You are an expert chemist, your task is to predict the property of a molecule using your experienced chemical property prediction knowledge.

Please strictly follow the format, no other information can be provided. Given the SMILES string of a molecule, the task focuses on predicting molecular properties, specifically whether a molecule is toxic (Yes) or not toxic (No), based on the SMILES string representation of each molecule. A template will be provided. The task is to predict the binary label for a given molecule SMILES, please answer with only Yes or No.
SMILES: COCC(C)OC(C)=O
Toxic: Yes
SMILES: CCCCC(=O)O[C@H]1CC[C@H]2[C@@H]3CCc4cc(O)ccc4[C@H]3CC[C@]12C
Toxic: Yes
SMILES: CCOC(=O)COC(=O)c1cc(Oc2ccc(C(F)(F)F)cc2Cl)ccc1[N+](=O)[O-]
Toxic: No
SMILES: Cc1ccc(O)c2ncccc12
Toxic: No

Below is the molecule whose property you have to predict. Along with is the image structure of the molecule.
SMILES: Cc1ccc(C)cc1
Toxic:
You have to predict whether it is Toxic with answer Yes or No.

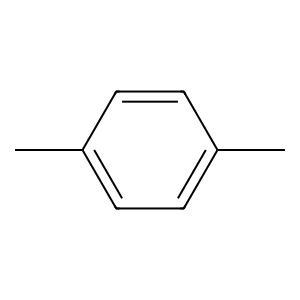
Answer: No